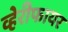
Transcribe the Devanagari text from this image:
व्हेरीफायर